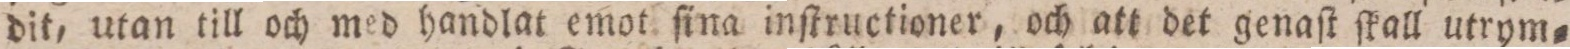
dit, utan till och med handlat emot ſina inſtructioner, och att det genaſt ſkall utrym=